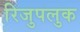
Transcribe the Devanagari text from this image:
रिजुपलुक